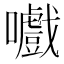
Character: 嚱